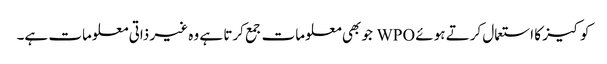
کوکیز کا استعمال کرتے ہوئے WPO جو بھی معلومات جمع کرتا ہے وہ غیر ذاتی معلومات ہے۔